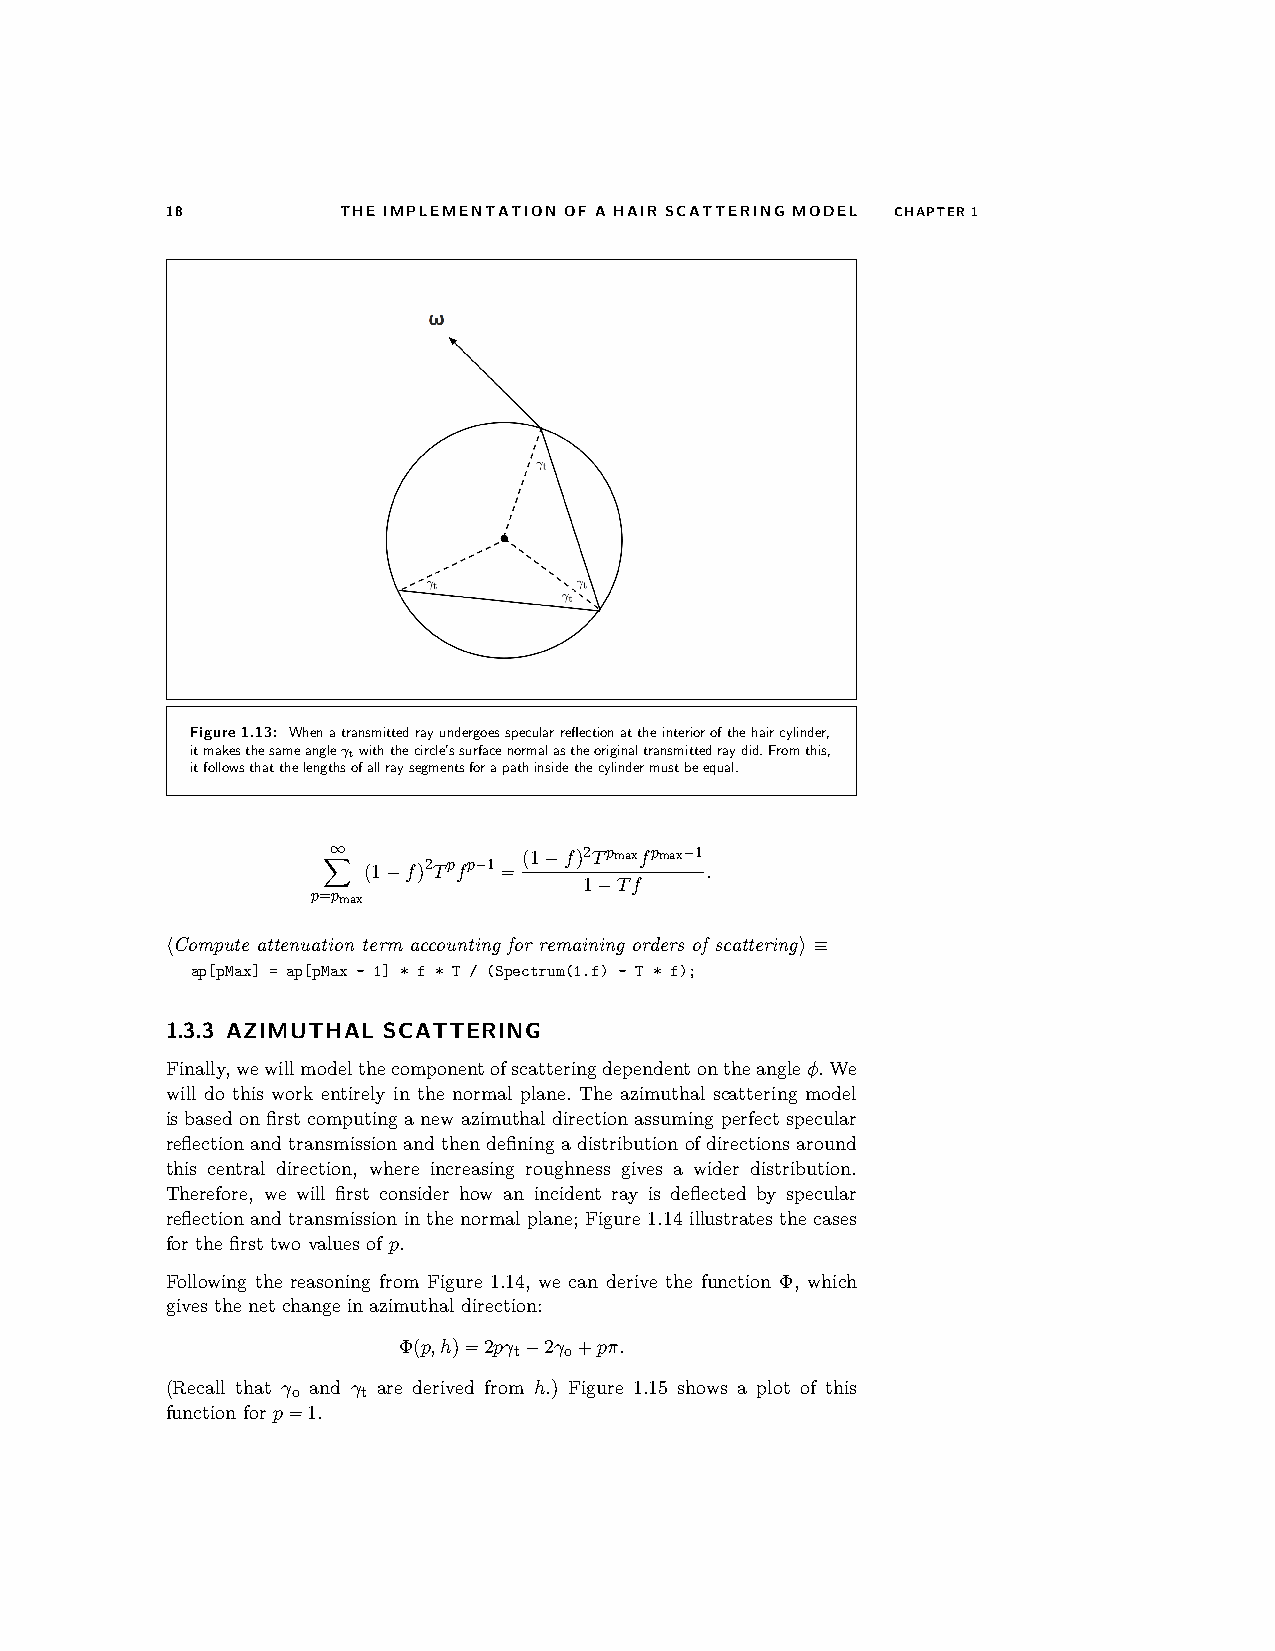
18         THE IMPLEMENTATION OF A HAIR SCATTERING MODEL CHAPTER1
 Figure1.13: Whenatransmittedrayundergoesspecularreflectionattheinteriorofthehaircylinder,
 itmakesthesameangleγtwiththecircle’ssurfacenormalastheoriginaltransmittedraydid.Fromthis,
 itfollowsthatthelengthsofallraysegmentsforapathinsidethecylindermustbeequal.
 ∞            (1−f)2Tpmaxfpmax−1
 (1−f)2Tpfp−1=          .
 1−Tf
 p=Xpmax
 hCompute attenuation term accounting for remaining orders of scatteringi≡
 ap[pMax] = ap[pMax - 1] * f * T / (Spectrum(1.f) - T * f);
 1.3.3 AZIMUTHAL SCATTERING
 Finally,wewillmodelthecomponentofscatteringdependentontheangleφ.We
 will do this work entirely in the normal plane. The azimuthal scattering model
 is based on first computing a new azimuthal direction assuming perfect specular
 reflection and transmission and then defining a distribution of directions around
 this central direction, where increasing roughness gives a wider distribution.
 Therefore, we will first consider how an incident ray is deflected by specular
 reflection and transmission in the normal plane; Figure 1.14 illustrates the cases
 for the first two values of p.
 Following the reasoning from Figure 1.14, we can derive the function Φ, which
 gives the net change in azimuthal direction:
 Φ(p,h)=2pγt−2γo+pπ.
 (Recall that γo and γt are derived from h.) Figure 1.15 shows a plot of this
 function for p=1.